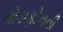
વોડાફોનની